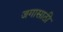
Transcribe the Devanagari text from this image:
जगासाठी